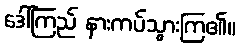
ဒေါ်ကြည် နားကပ်သွားကြ၏။